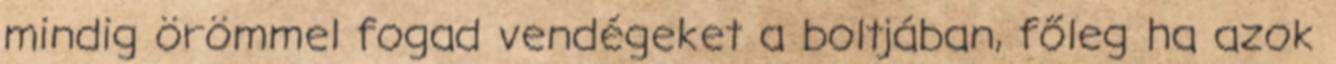
mindig örömmel fogad vendégeket a boltjában, főleg ha azok